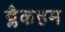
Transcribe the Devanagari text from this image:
ब्लैकहम